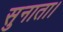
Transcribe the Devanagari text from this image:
सुनाता।